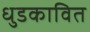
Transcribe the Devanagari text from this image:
धुडकावित